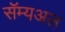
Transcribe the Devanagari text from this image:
सॅम्यअल